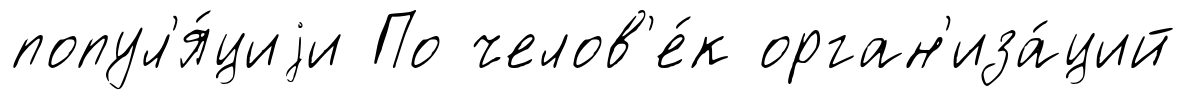
попул'я́циjи По челов'е́к орган'иза́ций